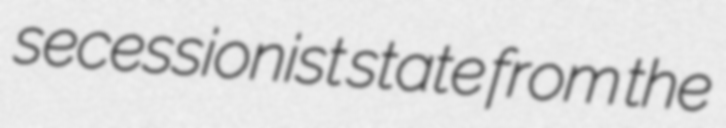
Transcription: secessionist state from the